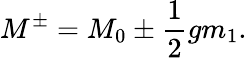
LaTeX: M^{\pm}=M_{0}\pm{\frac{1}{2}}gm_{1}.